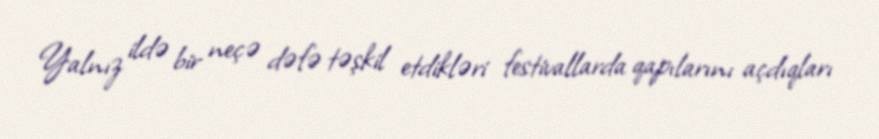
Yalnız ildə bir neçə dəfə təşkil etdikləri festivallarda qapılarını açdıqları